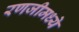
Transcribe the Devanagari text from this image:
रणजीमध्ये